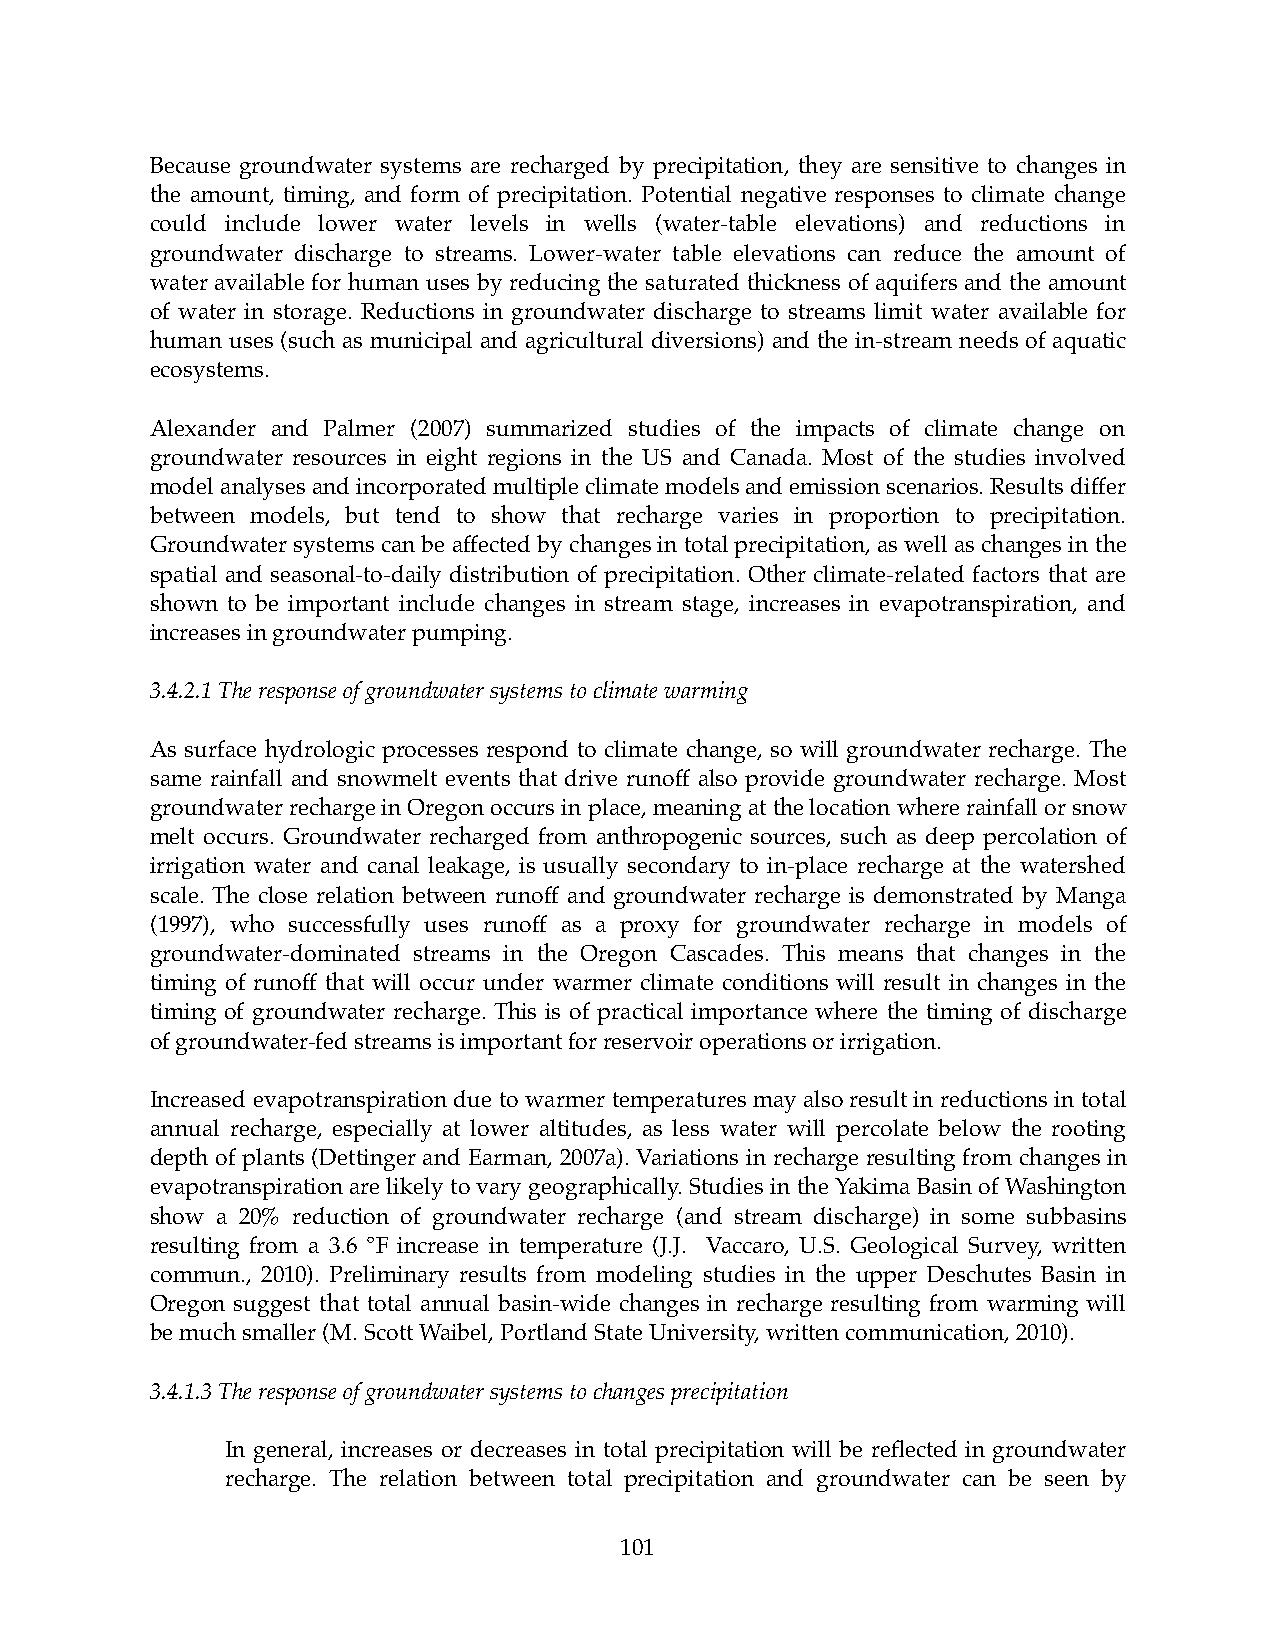
Because groundwater systems are recharged by precipitation, they are sensitive to changes in
 the amount, timing, and form of precipitation. Potential negative responses to climate change
 could include lower water levels in wells (water-table elevations) and reductions in
 groundwater discharge to streams. Lower-water table elevations can reduce the amount of
 water available for human uses by reducing the saturated thickness of aquifers and the amount
 of water in storage. Reductions in groundwater discharge to streams limit water available for
 human uses (such as municipal and agricultural diversions) and the in-stream needs of aquatic
 ecosystems.
 Alexander and Palmer (2007) summarized studies of the impacts of climate change on
 groundwater resources in eight regions in the US and Canada. Most of the studies involved
 model analyses and incorporated multiple climate models and emission scenarios. Results differ
 between models, but tend to show that recharge varies in proportion to precipitation.
 Groundwater systems can be affected by changes in total precipitation, as well as changes in the
 spatial and seasonal-to-daily distribution of precipitation. Other climate-related factors that are
 shown to be important include changes in stream stage, increases in evapotranspiration, and
 increases in groundwater pumping.
 3.4.2.1 The response of groundwater systems to climate warming
 As surface hydrologic processes respond to climate change, so will groundwater recharge. The
 same rainfall and snowmelt events that drive runoff also provide groundwater recharge. Most
 groundwater recharge in Oregon occurs in place, meaning at the location where rainfall or snow
 melt occurs. Groundwater recharged from anthropogenic sources, such as deep percolation of
 irrigation water and canal leakage, is usually secondary to in-place recharge at the watershed
 scale. The close relation between runoff and groundwater recharge is demonstrated by Manga
 (1997), who successfully uses runoff as a proxy for groundwater recharge in models of
 groundwater-dominated streams in the Oregon Cascades. This means that changes in the
 timing of runoff that will occur under warmer climate conditions will result in changes in the
 timing of groundwater recharge. This is of practical importance where the timing of discharge
 of groundwater-fed streams is important for reservoir operations or irrigation.
 Increased evapotranspiration due to warmer temperatures may also result in reductions in total
 annual recharge, especially at lower altitudes, as less water will percolate below the rooting
 depth of plants (Dettinger and Earman, 2007a). Variations in recharge resulting from changes in
 evapotranspiration are likely to vary geographically. Studies in the Yakima Basin of Washington
 show a 20% reduction of groundwater recharge (and stream discharge) in some subbasins
 resulting from a 3.6 °F increase in temperature (J.J. Vaccaro, U.S. Geological Survey, written
 commun., 2010). Preliminary results from modeling studies in the upper Deschutes Basin in
 Oregon suggest that total annual basin-wide changes in recharge resulting from warming will
 be much smaller (M. Scott Waibel, Portland State University, written communication, 2010).
 3.4.1.3 The response of groundwater systems to changes precipitation
 In general, increases or decreases in total precipitation will be reflected in groundwater
 recharge. The relation between total precipitation and groundwater can be seen by
 101